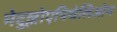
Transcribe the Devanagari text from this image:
मेदुल्लोएपिथेलिओम